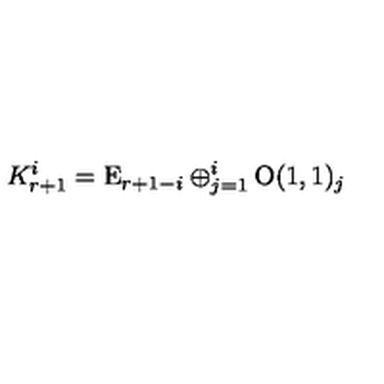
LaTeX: K _ { r + 1 } ^ { i } = \mathrm { E } _ { r + 1 - i } \oplus _ { j = 1 } ^ { i } \mathrm { O } ( 1 , 1 ) _ { j }